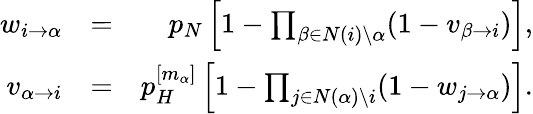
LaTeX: \begin{array}{rlr}{w_{i\rightarrow\alpha}}&{=}&{p_{N}\left[1-\prod_{\beta\in N(i)\setminus\alpha}(1-v_{\beta\rightarrow i})\right],}\\ {v_{\alpha\rightarrow i}}&{=}&{p_{H}^{[m_{\alpha}]}\left[1-\prod_{j\in N(\alpha)\setminus i}(1-w_{j\rightarrow\alpha})\right].}\end{array}